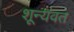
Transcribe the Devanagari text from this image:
शून्यवत